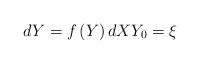
LaTeX: \begin{align*}dY=f\left( Y\right) dXY_{0}=\xi \end{align*}